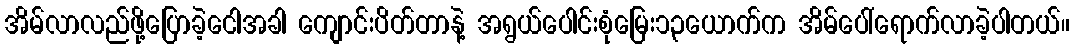
အိမ်လာလည်ဖို့ပြောခဲ့ငေါအခါ ကျောင်းပိတ်တာနဲ့ အရွယ်ပေါင်းစုံမြေး၁၃ယောက်က အိမ်ပေါ်ရောက်လာခဲ့ပါတယ်။